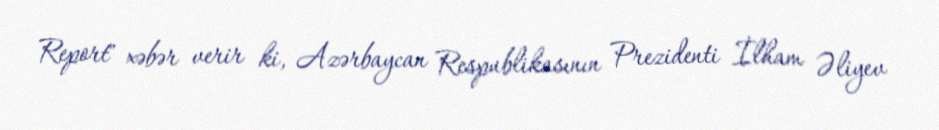
Report" xəbər verir ki, Azərbaycan Respublikasının Prezidenti İlham Əliyev